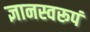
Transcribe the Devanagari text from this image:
ज्ञानस्वरूपं